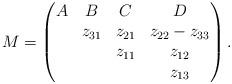
LaTeX: \begin{align*}M=\begin{pmatrix}A & B & C & D \\ & z_{31} & z_{21} & z_{22}-z_{33} \\ & & z_{11} & z_{12} \\ & & & z_{13}\end{pmatrix}.\end{align*}